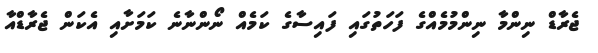
ޖެރާޑް ނިންމާ ނިންމުމެއްގެ ފަހަތުގައި ފައިސާގެ ކަމެއް ނޯންނާނެ ކަމަށާއި އެކަން ޖެރާޑްއާ